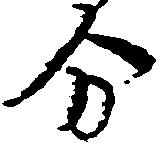
分